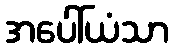
အပေါ်ယံသာ